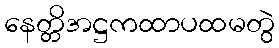
နေတ္တိအဋ္ဌကထာပထမတွဲ